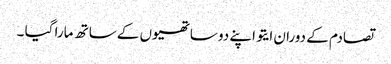
تصادم کے دوران ایتو اپنے دو ساتھیوں کے ساتھ مارا گیا ۔